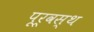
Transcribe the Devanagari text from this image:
पूर्वस्थ